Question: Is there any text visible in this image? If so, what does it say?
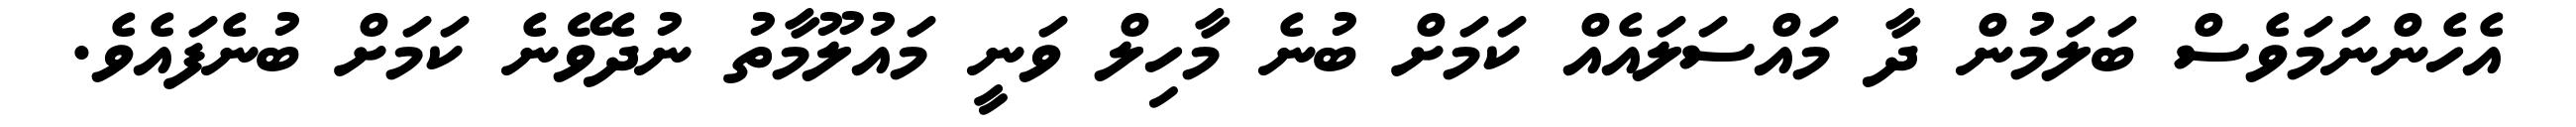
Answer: އެހެންނަމަވެސް ބަލަމުން ދާ މައްސަލައެއް ކަމަށް ބުނެ މާހިލް ވަނީ މައުލޫމާތު ނުދެވޭނެ ކަމަށް ބުނެފައެވެ.